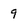
Character: 9